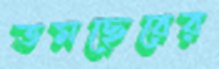
তমছেরের